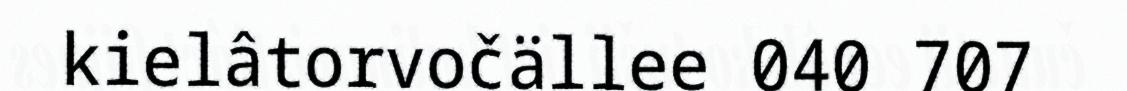
kielâtorvočällee 040 707